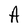
Character: A